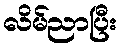
လိမ်ညာပြီး